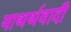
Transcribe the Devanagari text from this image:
याथर्थवादी